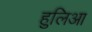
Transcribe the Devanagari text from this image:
हुलिआ